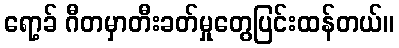
ရော့ခ် ဂီတမှာတီးခတ်မှုတွေပြင်းထန်တယ်။